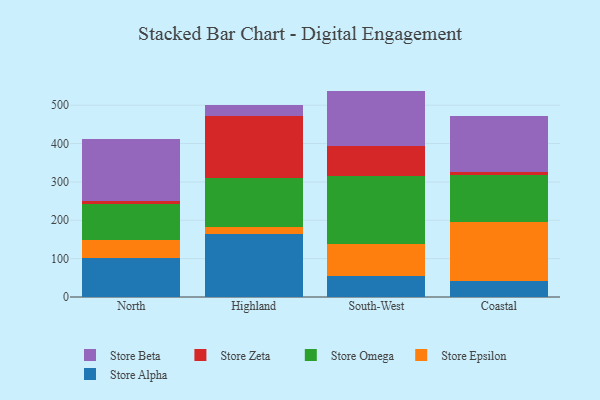
{"axis": {"x": "Region", "y": "Gross Profit (USD K)"}, "legend": ["Store Alpha", "Store Beta", "Store Epsilon", "Store Omega", "Store Zeta"], "data": [{"x": "North", "y": 102.7, "type": "Store Alpha"}, {"x": "North", "y": 45.5, "type": "Store Epsilon"}, {"x": "North", "y": 94.5, "type": "Store Omega"}, {"x": "North", "y": 7.7, "type": "Store Zeta"}, {"x": "North", "y": 160.8, "type": "Store Beta"}, {"x": "Highland", "y": 165.5, "type": "Store Alpha"}, {"x": "Highland", "y": 18.0, "type": "Store Epsilon"}, {"x": "Highland", "y": 125.9, "type": "Store Omega"}, {"x": "Highland", "y": 162.1, "type": "Store Zeta"}, {"x": "Highland", "y": 29.1, "type": "Store Beta"}, {"x": "South-West", "y": 55.1, "type": "Store Alpha"}, {"x": "South-West", "y": 82.6, "type": "Store Epsilon"}, {"x": "South-West", "y": 176.9, "type": "Store Omega"}, {"x": "South-West", "y": 79.5, "type": "Store Zeta"}, {"x": "South-West", "y": 143.4, "type": "Store Beta"}, {"x": "Coastal", "y": 42.6, "type": "Store Alpha"}, {"x": "Coastal", "y": 153.0, "type": "Store Epsilon"}, {"x": "Coastal", "y": 122.0, "type": "Store Omega"}, {"x": "Coastal", "y": 8.9, "type": "Store Zeta"}, {"x": "Coastal", "y": 144.7, "type": "Store Beta"}]}